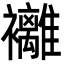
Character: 䙰